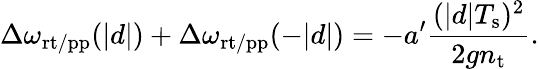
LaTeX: \Delta\omega_{\mathrm{rt/pp}}(|d|)+\Delta\omega_{\mathrm{rt/pp}}(-|d|)=-a^{\prime}\frac{(|d|T_{\mathrm{s}})^{2}}{2gn_{\mathrm{t}}}.